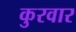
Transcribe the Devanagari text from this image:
कुरवार